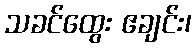
သခင်ထွေး ဧချင်း၊